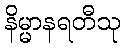
နိမ္မာနရတီသု